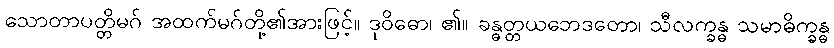
သောတာပတ္တိမဂ် အထက်မဂ်တို့၏အားဖြင့်။ ဒုဝိဓော၊ ၏။ ခန္ဓတ္တယဘေဒတော၊ သီလက္ခန္ဓ သမာဓိက္ခန္ဓ